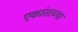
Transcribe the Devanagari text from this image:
एकांताच्या